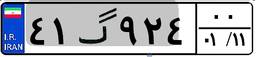
۴۸گ۶۴۸۲۳